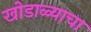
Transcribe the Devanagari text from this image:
खोडाळ्याचा